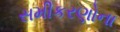
સમીકરણોના